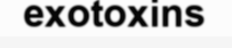
exotoxins